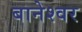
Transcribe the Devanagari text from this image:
बानेश्वर